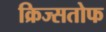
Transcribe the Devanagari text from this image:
क्रिज्सतोफ